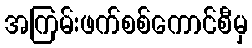
အကြမ်းဖက်စစ်ကောင်စီမှ